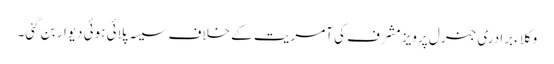
وکلاء برادری جنرل پرویز مشرف کی آمریت کے خلاف سیسہ پلائی ہوئی دیوار بن گئی۔